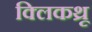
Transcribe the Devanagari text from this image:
क्लिकथ्रू